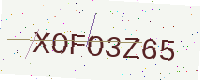
Text: XOFO3Z65